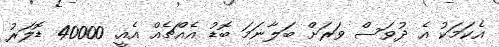
އެކަމަކު އެ ދުވަސް ވަރަށް ބަލާނަމަ ބޮޑު އެއްޗެއް އެއީ. 40000 ޑޮލަރު